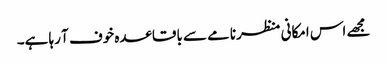
مجھے اس امکانی منظرنامے سے باقاعدہ خوف آ رہا ہے۔